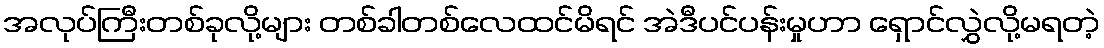
အလုပ်ကြီးတစ်ခုလို့များ တစ်ခါတစ်လေထင်မိရင် အဲဒီပင်ပန်းမှုဟာ ရှောင်လွှဲလို့မရတဲ့